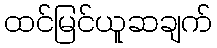
ထင်မြင်ယူဆချက်